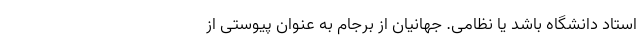
استاد دانشگاه باشد یا نظامی. جهانیان از برجام به عنوان پیوستی از